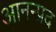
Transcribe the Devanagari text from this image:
आनन्प्रद